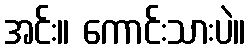
အင်း။ ကောင်းသားပဲ။